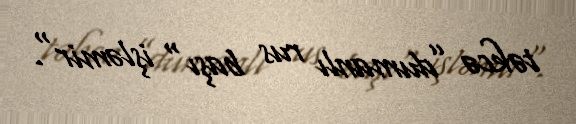
təkcə ”dumanlı rus başı" işləmir".